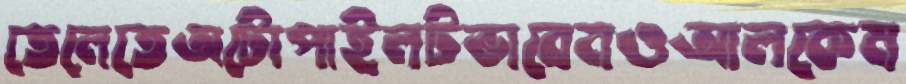
তেলেতেঅটোপাইলটভাবেনওআলকেম